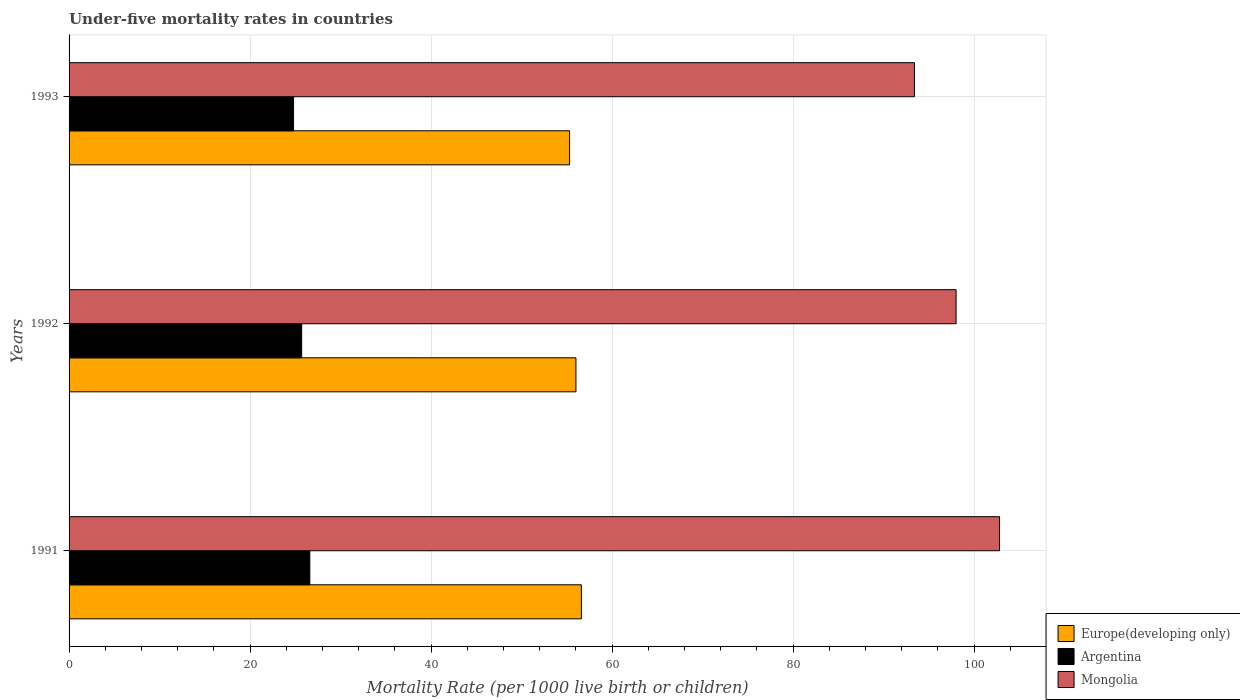
| Years | Europe(developing only) | Argentina | Mongolia |
 | --- | --- | --- | --- |
 | 1991 | 56.6 | 26.6 | 103 |
 | 1992 | 56 | 25.7 | 98 |
 | 1993 | 55.3 | 24.8 | 93.4 |